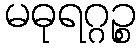
မဓုရဂ္ဂဉ္စ